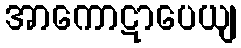
အာကောဋာပေယျ